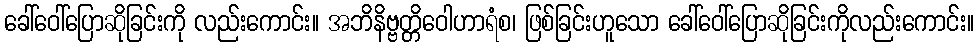
ခေါ်ဝေါ်ပြောဆိုခြင်းကို လည်းကောင်း။ အဘိနိဗ္ဗတ္တိဝေါဟာရံစ၊ ဖြစ်ခြင်းဟူသော ခေါ်ဝေါ်ပြောဆိုခြင်းကိုလည်းကောင်း။